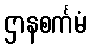
ဌာနစင်္ကမံ